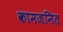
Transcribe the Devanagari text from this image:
कामजनित